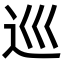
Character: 巡